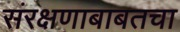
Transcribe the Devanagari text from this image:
संरक्षणाबाबतचा